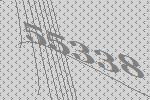
55338